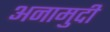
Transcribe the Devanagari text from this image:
अनामुदी